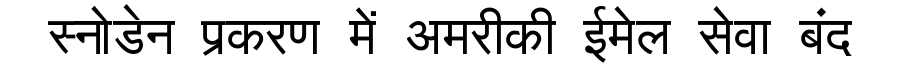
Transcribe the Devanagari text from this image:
स्नोडेन प्रकरण में अमरीकी ईमेल सेवा बंद